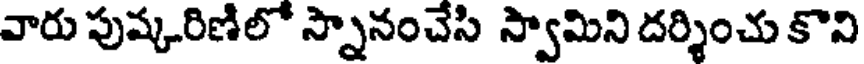
వారు పుష్కరిణిలో స్నానంచేసి స్వామిని దర్శించు కొని